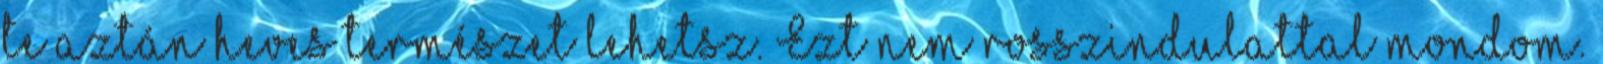
te aztán heves természet lehetsz. Ezt nem rosszindulattal mondom.